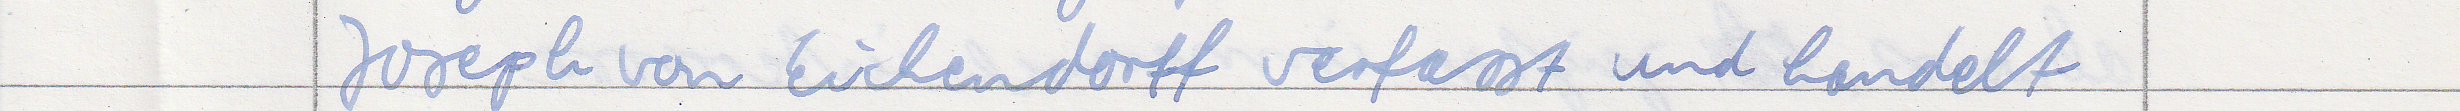
Joseph von Eichendorff verfasst und handelt